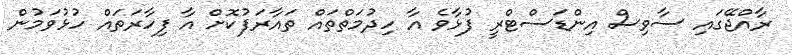
ރާއްޖޭގައި ސާވިސް އިންޑަސްޓްރީ ފުޅާވެ އާ ހިދުމަތްތައް ތައާރަފުކޮށް އާ ފިހާރަތައް ހުޅުވަމުން